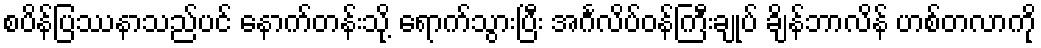
စပိန်ပြဿနာသည်ပင် နောက်တန်းသို့ ရောက်သွားပြီး အင်္ဂလိပ်ဝန်ကြီးချုပ် ချိန်ဘာလိန် ဟစ်တလာကို